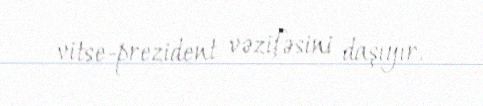
vitse-prezident vəzifəsini daşıyır.